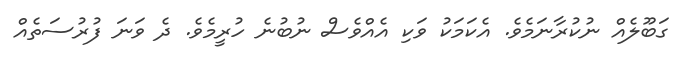
ގަބޫލެއް ނުކުރާނަމެވެ. އެކަމަކު ވަކި އެއްވެސް ނުބުނެ ހުރީމެވެ. ދެ ވަނަ ފުރުސަތެއް